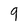
Character: 9